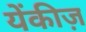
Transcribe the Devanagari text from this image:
येंकीज़